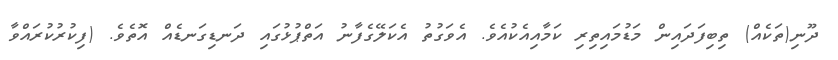
ދޫނި(ތަކެއް) ތިބިފަދައިން މަޑުމައިތިރި ކަމާއިއެކުއެވެ. އެވަގުތު އެކަލޭގެފާނު އަތްޕުޅުގައި ދަނޑިގަނޑެއް އޮތެވެ. (ފިކުރުކުރައްވާ